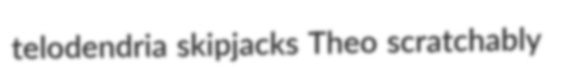
telodendria skipjacks Theo scratchably